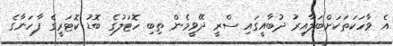
އެ ވާހަކަތަކަށްބަލާއިރު ދުބާއީގައި ސްރީ ދޭވީމެން ތިބި ހޮޓަލުގެ ބޮޑު ކޮޓަރީގެ ފާހަނާގެ